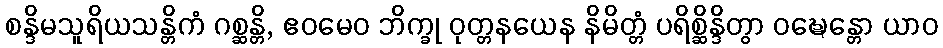
စန္ဒိမသူရိယသန္တိကံ ဂစ္ဆန္တိ, ဧဝမေဝ ဘိက္ခု ဝုတ္တနယေန နိမိတ္တံ ပရိစ္ဆိန္ဒိတွာ ဝဍ္ဎေန္တော ယာဝ